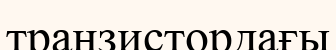
транзистордағы